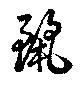
麗